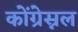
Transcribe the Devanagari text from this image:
कोंग्रेस्नल